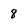
Character: 8